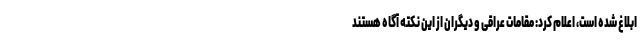
ابلاغ شده است، اعلام کرد: مقامات عراقی و دیگران از این نکته آگاه هستند